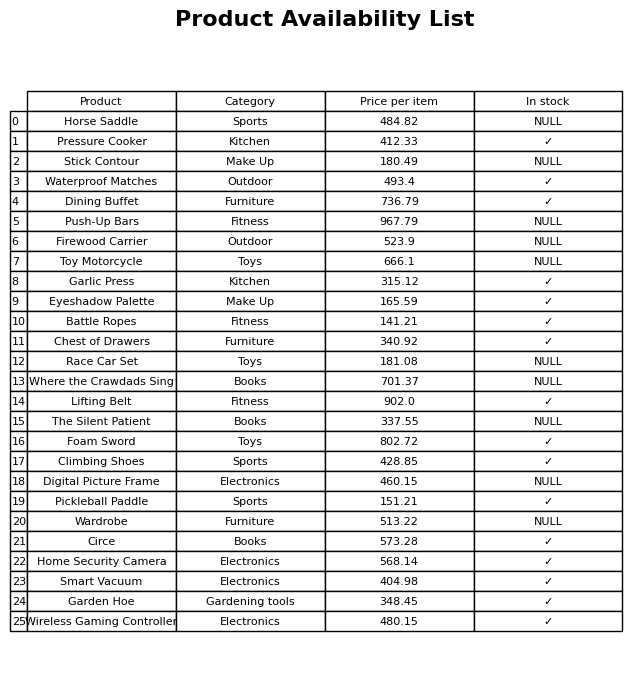
question: What is the stock status of the Stick Contour?
answer: NULL